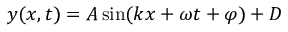
y ( x , t ) = A \sin ( k x + \omega t + \varphi ) + D